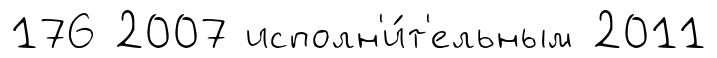
176 2007 исполн'и́т'ельным 2011